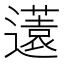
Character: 𨘏